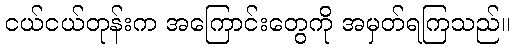
ငယ်ငယ်တုန်းက အကြောင်းတွေကို အမှတ်ရကြသည်။